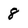
Character: 8